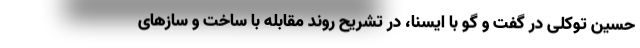
حسین توکلی در گفت و گو با ایسنا، در تشریح روند مقابله با ساخت و سازهای